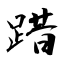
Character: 踖